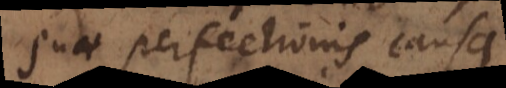
suae perfectionis causa,